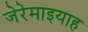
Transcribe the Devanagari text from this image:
जेरेमाइयाह